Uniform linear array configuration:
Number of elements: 32
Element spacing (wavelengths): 0.75
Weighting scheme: exponential
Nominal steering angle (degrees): -15
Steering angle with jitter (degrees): -16.943
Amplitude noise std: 0.05
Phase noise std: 0.05

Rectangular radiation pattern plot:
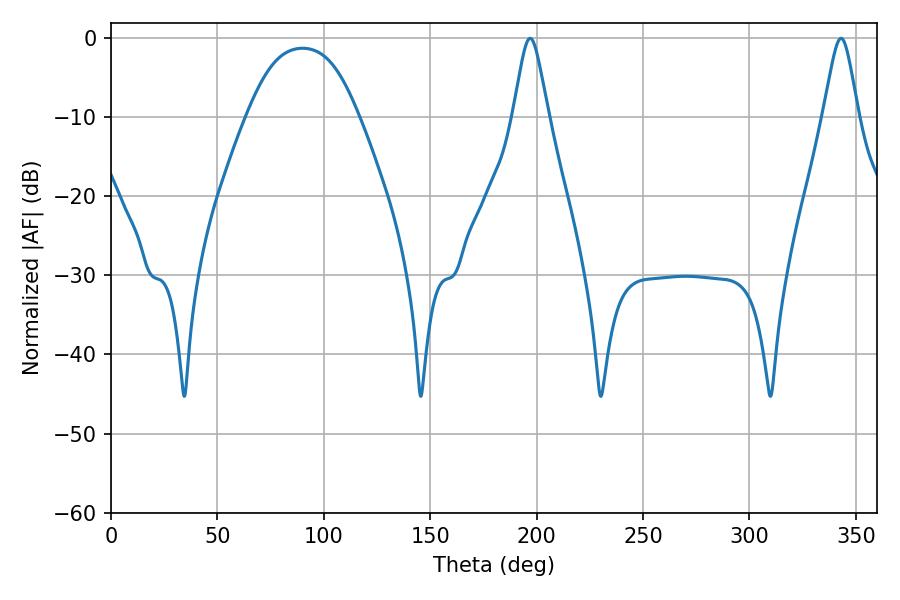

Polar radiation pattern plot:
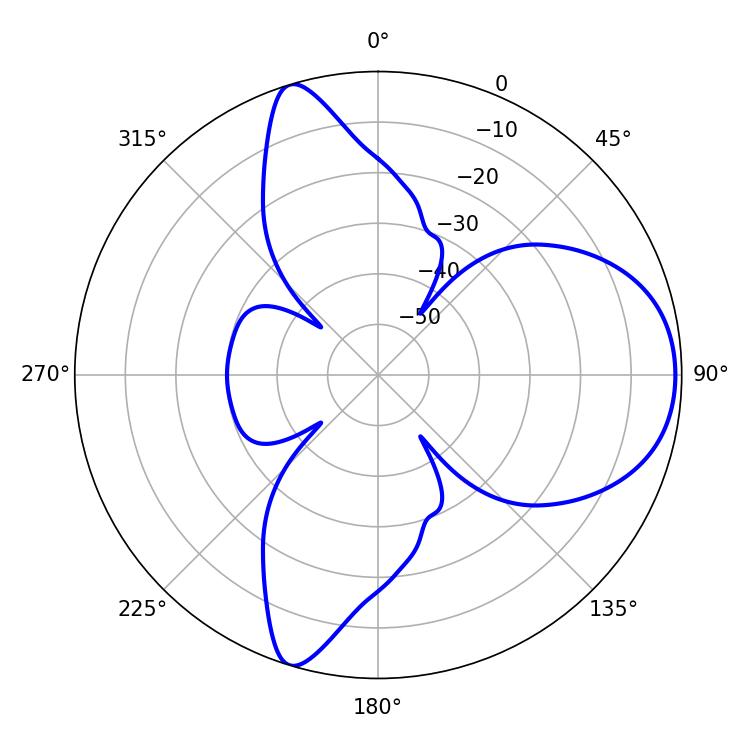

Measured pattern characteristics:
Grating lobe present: TRUE
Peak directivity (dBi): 7.635
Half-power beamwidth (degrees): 7.74
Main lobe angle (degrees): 196.92